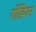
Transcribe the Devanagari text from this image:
गोंडियन